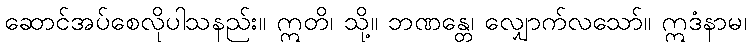
ဆောင်အပ်စေလိုပါသနည်း။ ဣတိ၊ သို့။ ဘဏန္တေ၊ လျှောက်လသော်။ ဣဒံနာမ၊